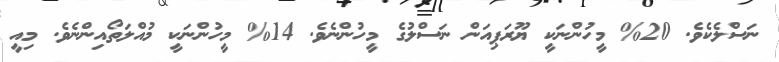
ނަސްލެކެވެ. 20% މީހުންނަކީ ޔޫރަޕިއަން ނަސްލުގެ މީހުންނެވެ. 14% މީހުންނަކީ މުއްލަތޯއިންނެވެ. މިއީ